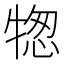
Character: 㹅